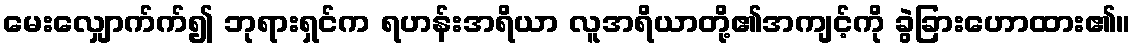
မေးလျှောက်က်၍ ဘုရားရှင်က ရဟန်းအရိယာ လူအရိယာတို့၏အကျင့်ကို ခွဲခြားဟောထား၏။